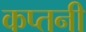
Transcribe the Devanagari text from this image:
कप्तनी